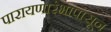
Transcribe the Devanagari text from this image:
पारायणारंभापासून